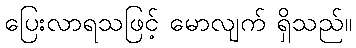
ပြေးလာရသဖြင့် မောလျက် ရှိသည်။